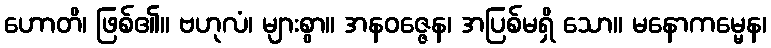
ဟောတိ၊ ဖြစ်၏။ ဗဟုလံ၊ များစွာ။ အနဝဇ္ဇေန၊ အပြစ်မရှိ သော။ မနောကမ္မေန၊